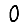
Digit: 0